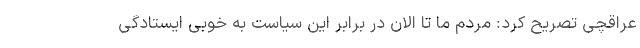
عراقچی تصریح کرد: مردم ما تا الان در برابر این سیاست به خوبی ایستادگی